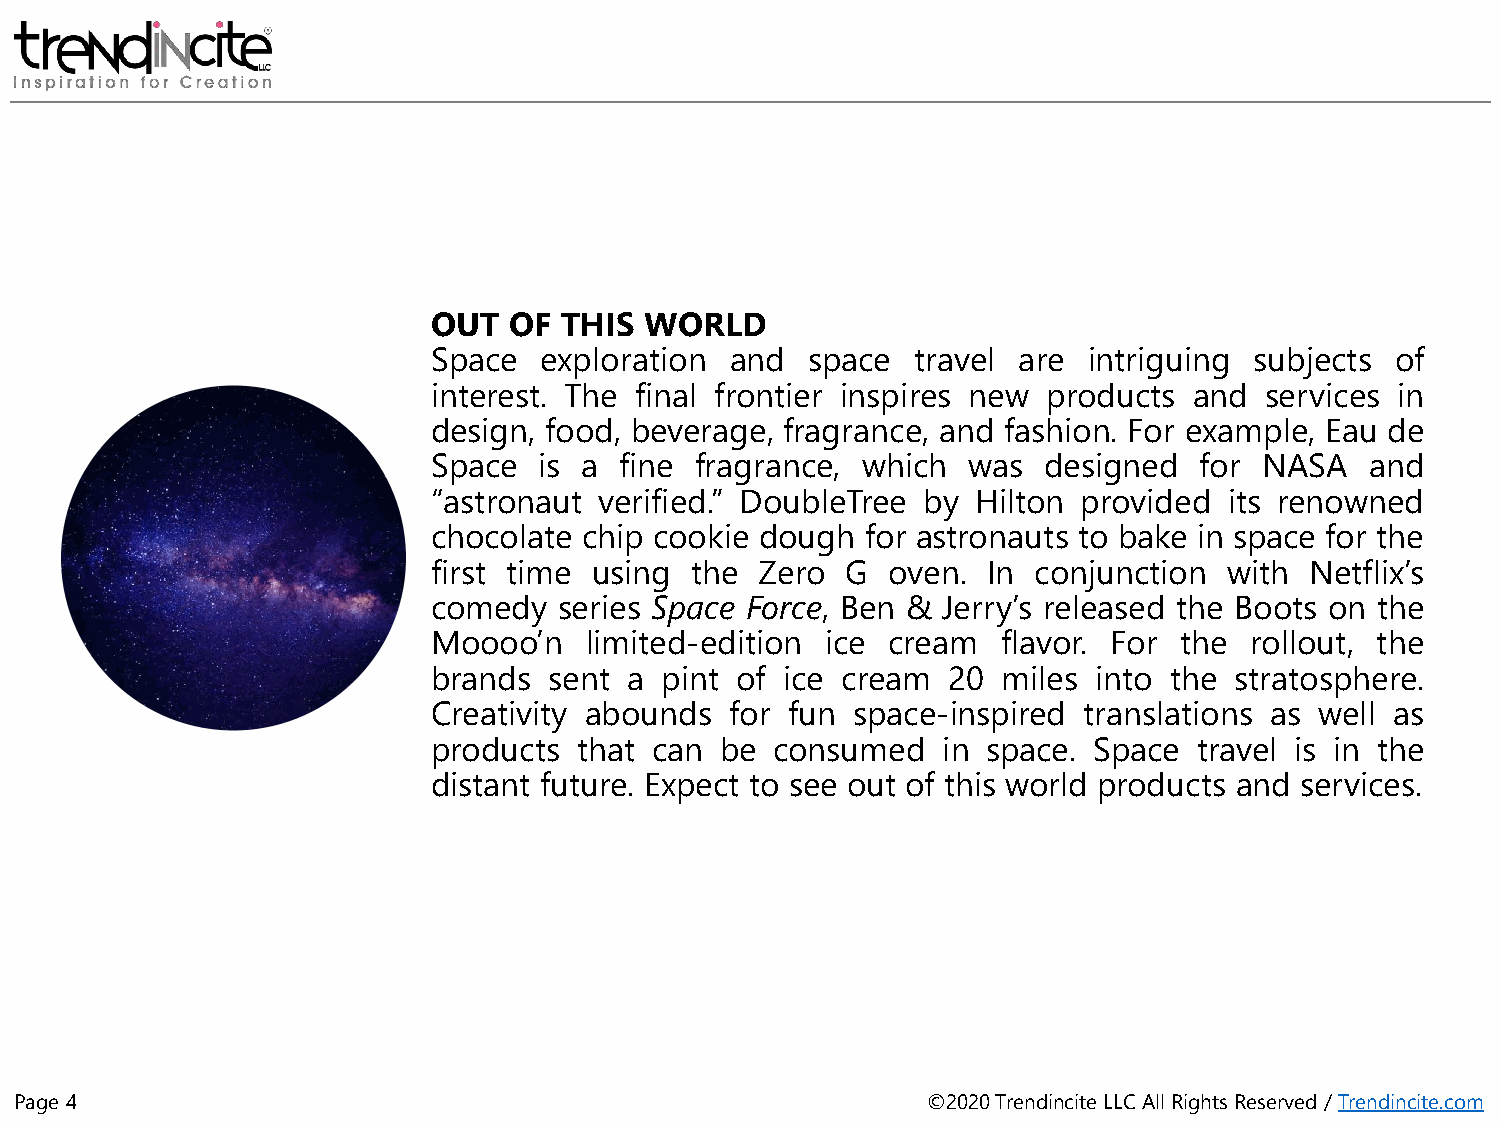
OUT  OF THIS  WORLD
 Space  exploration and   space  travel are intriguing subjects of
 interest. The final frontier inspires new products and services in
 design, food, beverage, fragrance, and fashion. For example, Eau de
 Space  is a fine fragrance, which  was  designed  for  NASA   and
 “astronaut verified.” DoubleTree by Hilton provided its renowned
 chocolate chip cookie dough for astronauts to bake in space for the
 first time using the Zero  G  oven. In conjunction  with  Netflix’s
 comedy  series Space Force, Ben & Jerry’s released the Boots on the
 Moooo’n   limited-edition ice cream  flavor. For the  rollout, the
 brands sent  a pint of ice cream  20 miles into the  stratosphere.
 Creativity abounds for fun space-inspired  translations as well as
 products that can  be consumed   in space. Space  travel is in the
 distant future. Expect to see out of this world products and services.
 Page 4                                                      ©2020 Trendincite LLC All Rights Reserved / Trendincite.com